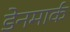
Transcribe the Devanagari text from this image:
डेेनमार्क